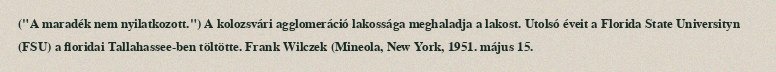
("A maradék nem nyilatkozott.") A kolozsvári agglomeráció lakossága meghaladja a lakost. Utolsó éveit a Florida State Universityn (FSU) a floridai Tallahassee-ben töltötte. Frank Wilczek (Mineola, New York, 1951. május 15.